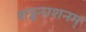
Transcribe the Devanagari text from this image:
शत्रुनाशनम्